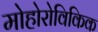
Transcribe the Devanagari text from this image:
मोहोरोविकिक